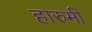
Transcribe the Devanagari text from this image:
हारुमी